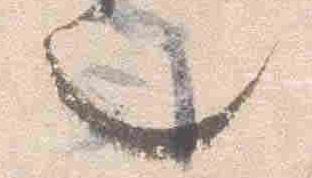
也